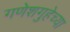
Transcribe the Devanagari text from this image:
गणेशगुहेच्या